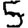
Digit: 5